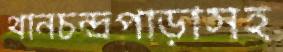
থানচন্দ্রপাড়াসহ